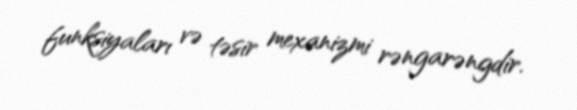
funksiyaları və təsir mexanizmi rəngarəngdir.